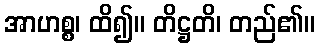
အာဟစ္စ၊ ထိ၍။ တိဋ္ဌတိ၊ တည်၏။